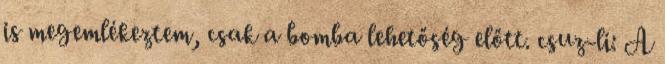
is megemlékeztem, csak a bomba lehetőség előtt. csuz-li: A